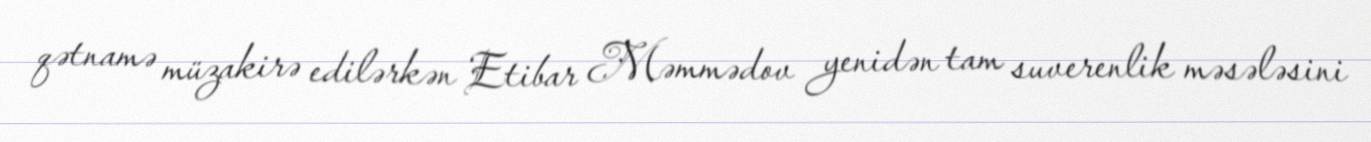
qətnamə müzakirə edilərkən Etibar Məmmədov yenidən tam suverenlik məsələsini